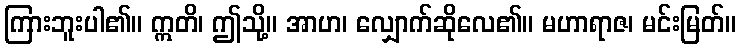
ကြားဘူးပါ၏။ ဣတိ၊ ဤသို့။ အာဟ၊ လျှောက်ဆိုလေ၏။ မဟာရာဇ၊ မင်းမြတ်။